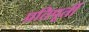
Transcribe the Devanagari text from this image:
प्रतिपूर्ती